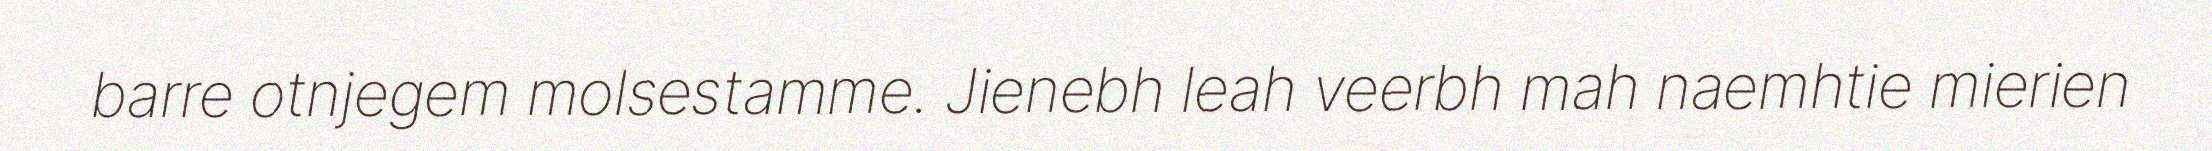
barre otnjegem molsestamme. Jienebh leah veerbh mah naemhtie mierien